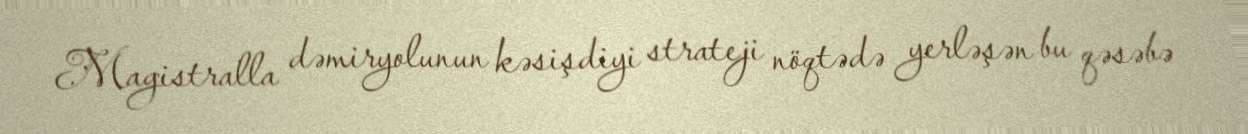
Magistralla dəmiryolunun kəsişdiyi strateji nöqtədə yerləşən bu qəsəbə